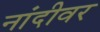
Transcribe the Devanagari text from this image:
नांदीवर